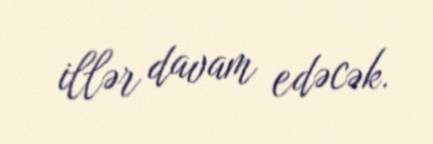
illər davam edəcək.